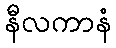
နီလကာနံ